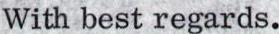
With best regards.